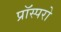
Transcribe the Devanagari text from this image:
प्रॉस्परो